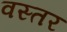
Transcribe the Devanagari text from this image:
वस्तर